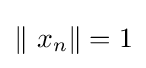
\left\Vert \ x_{n}\right\|=1